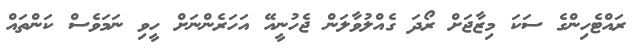
ރައްޓެހިންގެ ސަކަ މިޒާޖަށް ރޯދަ ގެއްލުވާލަން ޖެހުނީއޭ އަހަރެންނަށް ހީވި ނަމަވެސް ކަންތައް